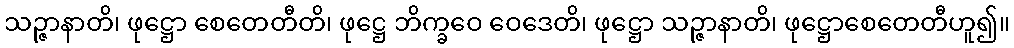
သဉ္ဇာနာတိ၊ ဖုဋ္ဌော စေတေတီတိ၊ ဖုဋ္ဌေ ဘိက္ခဝေ ဝေဒေတိ၊ ဖုဋ္ဌော သဉ္ဇာနာတိ၊ ဖုဋ္ဌောစေတေတီဟူ၍။